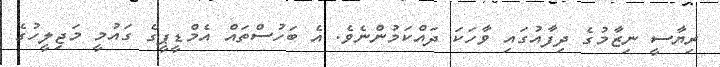
ރިޔާސީ ނިޒާމުގެ ދިފާއުގައި ވާހަކަ ދައްކަމުންނެވެ. އެ ބަހުސްތައް އެމްޑީޕީގެ ގައުމީ މަޖިލީހުގެ